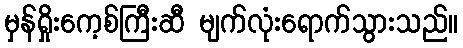
မှန်ရှိုးကေ့စ်ကြီးဆီ မျက်လုံးရောက်သွားသည်။